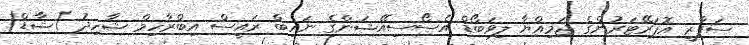
ސަފާރީ އޮޕަރޭޓަރުންގެ ޖަމިއްޔާ ލިވަބޯޑް އެސޯސިއޭޝަންގެ ނައިބް ރައީސް އިބްރާހިމް ޝާހިދު )ޝާޑް(